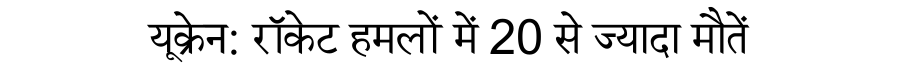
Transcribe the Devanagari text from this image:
यूक्रेन: रॉकेट हमलों में 20 से ज्यादा मौतें